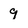
Character: 9